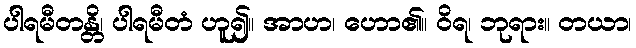
ပါရမီတန္တိ၊ ပါရမီတံ ဟူ၍။ အာဟ၊ ဟော၏။ ဝိရ၊ ဘုရား။ တယာ၊